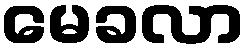
မေခလာ